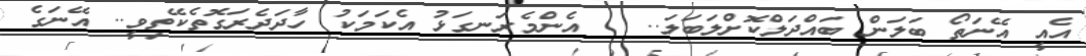
އެއީ އޭނަތޯ ބަލަން ބައްދަލްކޮށްލަބަލަ..   އެންމެރަނގަޅު އެކަމަކު ހާދަދެރަގޮތެކޭތިވީ.. އޭނަގެ